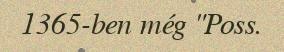
1365-ben még "Poss.